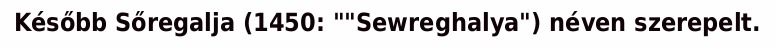
Később Sőregalja (1450: ""Sewreghalya") néven szerepelt.